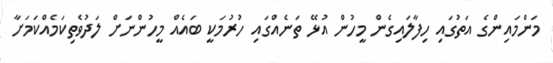
މަންމައިންގެ އަތުގައި ހިފާލައިގެން މީހުން އުޅޭ ތަނެއްގައި ހުރުމަކީ ބައެއް މީހުންނަށް ލަދުވެތިކަމެއްކަމަށާ